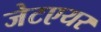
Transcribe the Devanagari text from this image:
जेटएयर